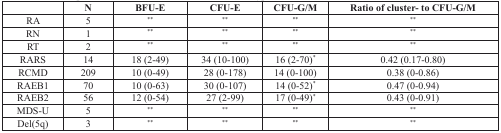
<table><thead><tr><td></td><td><b>N</b></td><td><b>BFU-E</b></td><td><b>CFU-E</b></td><td><b>CFU-G/M</b></td><td><b>Ratio of cluster- to CFU-G/M</b></td></tr></thead><tbody><tr><td>RA</td><td>5</td><td>**</td><td>**</td><td>**</td><td>**</td></tr><tr><td>RN</td><td>1</td><td>**</td><td>**</td><td>**</td><td>**</td></tr><tr><td>RT</td><td>2</td><td>**</td><td>**</td><td>**</td><td>**</td></tr><tr><td>RARS</td><td>14</td><td>18 (2-49)</td><td>34 (10-100)</td><td>16 (2-70)*</td><td>0.42 (0.17-0.80)</td></tr><tr><td>RCMD</td><td>209</td><td>10 (0-49)</td><td>28 (0-178)</td><td>14 (0-100)</td><td>0.38 (0-0.86)</td></tr><tr><td>RAEB1</td><td>70</td><td>10 (0-63)</td><td>30 (0-107)</td><td>14 (0-52)*</td><td>0.47 (0-0.94)</td></tr><tr><td>RAEB2</td><td>56</td><td>12 (0-54)</td><td>27 (2-99)</td><td>17 (0-49)*</td><td>0.43 (0-0.91)</td></tr><tr><td>MDS-U</td><td>5</td><td>**</td><td>**</td><td>**</td><td>**</td></tr><tr><td>Del(5q)</td><td>3</td><td>**</td><td>**</td><td>**</td><td>**</td></tr></tbody></table>